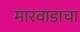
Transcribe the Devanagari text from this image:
मारवाडाचा